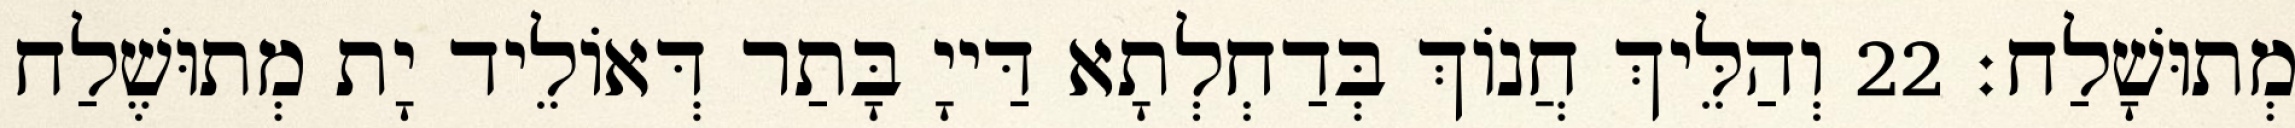
מְתוּשָׁלַח׃ 22 וְהַלֵּיךְ חֲנוֹךְ בְּדַחְלְתָא דַּייָ בָּתַר דְּאוֹלֵיד יָת מְתוּשֶׁלַח